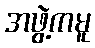
အဖွဲ့ကမူ